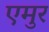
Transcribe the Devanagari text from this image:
एमुर